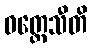
ဝတ္တေသီတိ